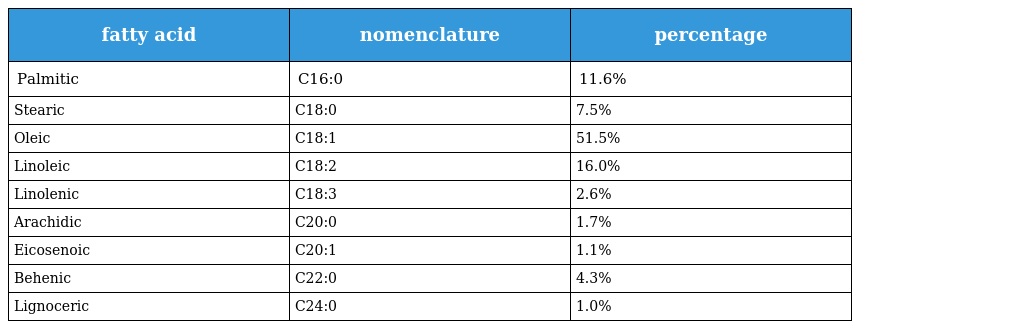
| fatty acid | nomenclature | percentage |
 | --- | --- | --- |
 | Palmitic | C16:0 | 11.6% |
 | Stearic | C18:0 | 7.5% |
 | Oleic | C18:1 | 51.5% |
 | Linoleic | C18:2 | 16.0% |
 | Linolenic | C18:3 | 2.6% |
 | Arachidic | C20:0 | 1.7% |
 | Eicosenoic | C20:1 | 1.1% |
 | Behenic | C22:0 | 4.3% |
 | Lignoceric | C24:0 | 1.0% |